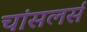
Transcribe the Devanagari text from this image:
चांसलर्स